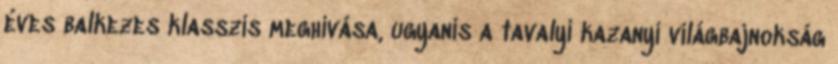
éves balkezes klasszis meghívása, ugyanis a tavalyi kazanyi világbajnokság